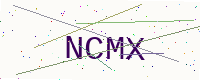
Text: NCMX